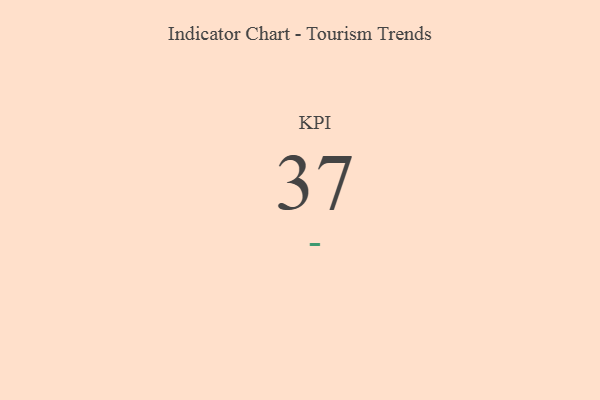
{"axis": {"x": "KPI", "y": "Value"}, "legend": [""], "data": [{"x": "KPI", "y": 37, "type": ""}]}